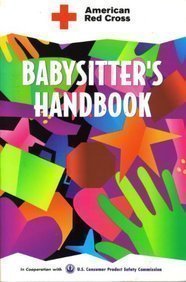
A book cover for American Red Cross Babysitter's Handbook; American Red Cross; Parenting & Relationships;